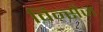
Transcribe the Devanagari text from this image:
विन्सेंज